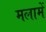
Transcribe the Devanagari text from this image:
मलामें